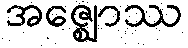
အဇ္ဈောဿ